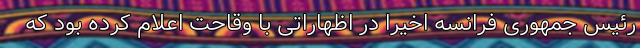
رئیس جمهوری فرانسه اخیراً در اظهاراتی با وقاحت اعلام کرده بود که